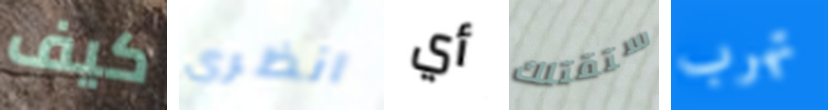
كيف انظري أي ستقتلك تهرب